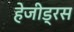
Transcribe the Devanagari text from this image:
हेजीड्रस